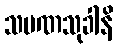
သမဏသုခါနိ